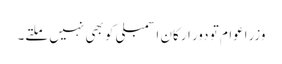
وزراعوام تو دور ارکان اسمبلی کو بھی نہیں ملتے۔